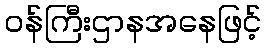
ဝန်ကြီးဌာနအနေဖြင့်